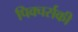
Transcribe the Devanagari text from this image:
पिक्चर्सकी